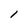
Character: 1